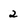
Character: 2